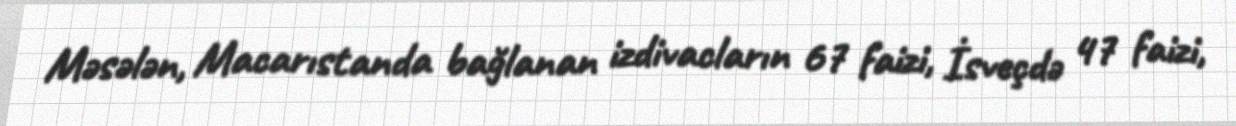
Məsələn, Macarıstanda bağlanan izdivacların 67 faizi, İsveçdə 47 faizi,